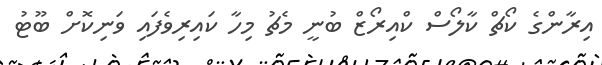
އިރާންގެ ކޯޗް ކާލޯސް ކްއިރޯޒް ބުނީ މެޗު މިހާ ކައިރިވެފައި ވަނިކޮށް ބޫޓު